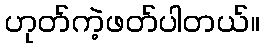
ဟုတ်ကဲ့ဖတ်ပါတယ်။